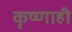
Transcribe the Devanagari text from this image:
कृष्णाही